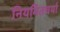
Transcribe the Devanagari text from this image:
नियमितचर्या